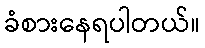
ခံစားနေရပါတယ်။